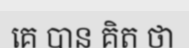
គេ បាន គិត ថា